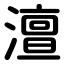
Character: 澶